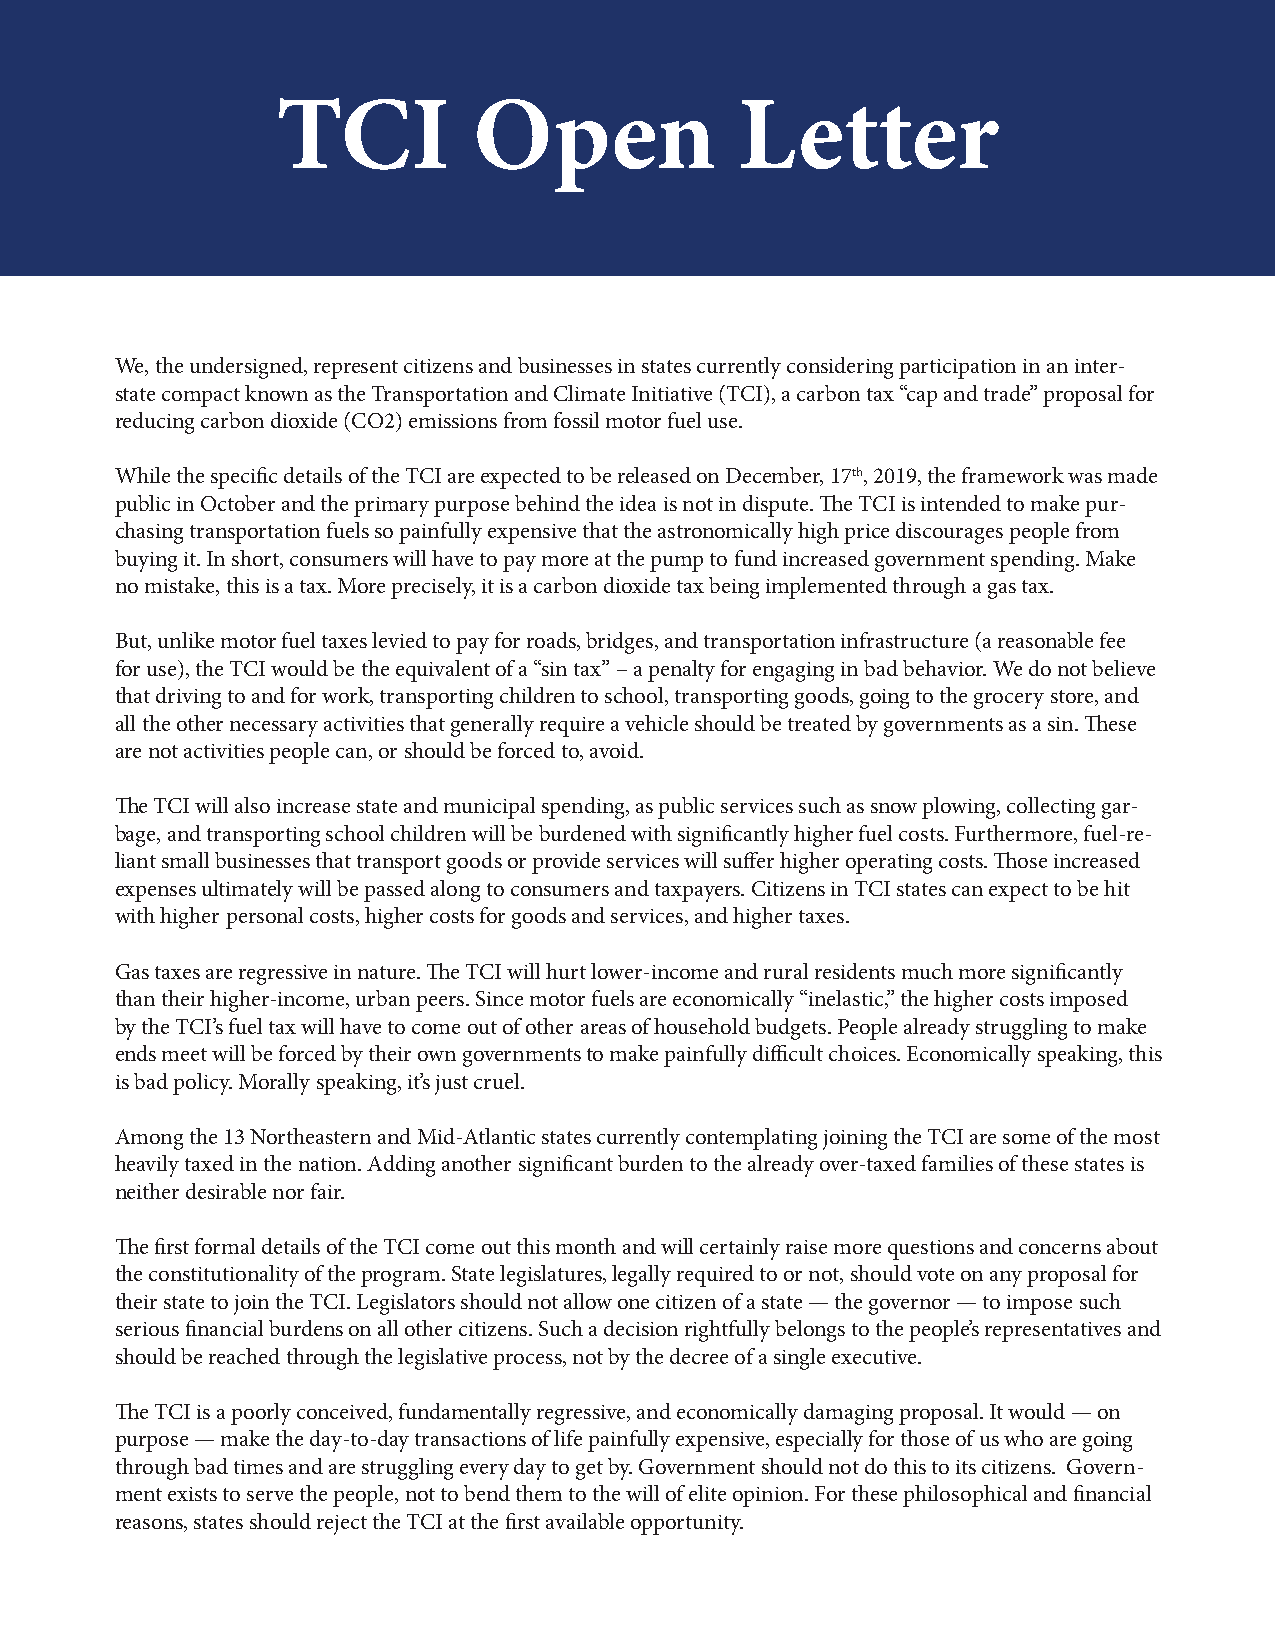
TCI          Open              Letter
 We, the undersigned, represent citizens and businesses in states currently considering participation in an inter-
 state compact known as the Transportation and Climate Initiative (TCI), a carbon tax “cap and trade” proposal for
 reducing carbon dioxide (CO2) emissions from fossil motor fuel use.
 While the specific details of the TCI are expected to be released on December, 17th, 2019, the framework was made
 public in October and the primary purpose behind the idea is not in dispute. The TCI is intended to make pur-
 chasing transportation fuels so painfully expensive that the astronomically high price discourages people from
 buying it. In short, consumers will have to pay more at the pump to fund increased government spending. Make
 no mistake, this is a tax. More precisely, it is a carbon dioxide tax being implemented through a gas tax.
 But, unlike motor fuel taxes levied to pay for roads, bridges, and transportation infrastructure (a reasonable fee
 for use), the TCI would be the equivalent of a “sin tax” – a penalty for engaging in bad behavior. We do not believe
 that driving to and for work, transporting children to school, transporting goods, going to the grocery store, and
 all the other necessary activities that generally require a vehicle should be treated by governments as a sin. These
 are not activities people can, or should be forced to, avoid.
 The TCI will also increase state and municipal spending, as public services such as snow plowing, collecting gar-
 bage, and transporting school children will be burdened with significantly higher fuel costs. Furthermore, fuel-re-
 liant small businesses that transport goods or provide services will suffer higher operating costs. Those increased
 expenses ultimately will be passed along to consumers and taxpayers. Citizens in TCI states can expect to be hit
 with higher personal costs, higher costs for goods and services, and higher taxes.
 Gas taxes are regressive in nature. The TCI will hurt lower-income and rural residents much more significantly
 than their higher-income, urban peers. Since motor fuels are economically “inelastic,” the higher costs imposed
 by the TCI’s fuel tax will have to come out of other areas of household budgets. People already struggling to make
 ends meet will be forced by their own governments to make painfully difficult choices. Economically speaking, this
 is bad policy. Morally speaking, it’s just cruel.
 Among the 13 Northeastern and Mid-Atlantic states currently contemplating joining the TCI are some of the most
 heavily taxed in the nation. Adding another significant burden to the already over-taxed families of these states is
 neither desirable nor fair.
 The first formal details of the TCI come out this month and will certainly raise more questions and concerns about
 the constitutionality of the program. State legislatures, legally required to or not, should vote on any proposal for
 their state to join the TCI. Legislators should not allow one citizen of a state — the governor — to impose such
 serious financial burdens on all other citizens. Such a decision rightfully belongs to the people’s representatives and
 should be reached through the legislative process, not by the decree of a single executive.
 The TCI is a poorly conceived, fundamentally regressive, and economically damaging proposal. It would — on
 purpose — make the day-to-day transactions of life painfully expensive, especially for those of us who are going
 through bad times and are struggling every day to get by. Government should not do this to its citizens. Govern-
 ment exists to serve the people, not to bend them to the will of elite opinion. For these philosophical and financial
 reasons, states should reject the TCI at the first available opportunity.